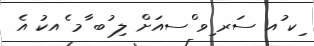
ިކ ުއ ސަރ ިވ ްސއަށް ލި ުބ ާމ ެއކު އެ